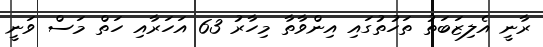
ރާނީ އެލިޒަބަތު ތަހުތުގައި އިންވާތާ މިހާރު 63 އަހަރާއި ހަތް މަސް ވަނީ